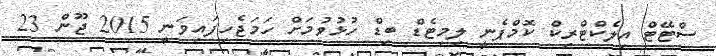
ސްޓޭޓް އިލެކްޓްރިކް ކޮމްޕެނީ ލިމިޓެޑް ބިޑް ހުޅުވުމަށް ހަމަޖެހިފައިވަނީ 2015 ޖޫން 23